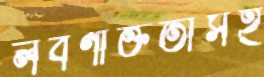
লবণাক্ততাসহ